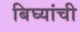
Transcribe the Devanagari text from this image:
बिघ्यांची